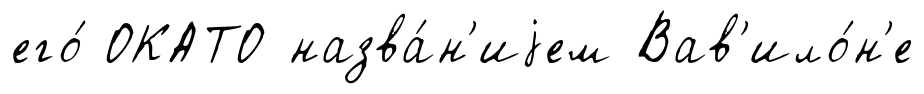
его́ ОКАТО назва́н'иjем Вав'ило́н'е